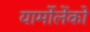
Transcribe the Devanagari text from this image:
यार्मोलेंको